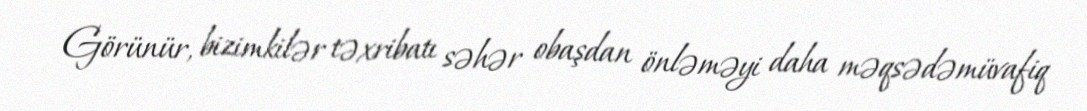
Görünür, bizimkilər təxribatı səhər obaşdan önləməyi daha məqsədəmüvafiq